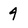
Character: 4